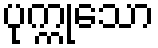
ပုက္ကုသော